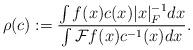
LaTeX: \begin{align*}\rho ( c ) := \frac { \int f ( x ) c (x ) | x|_F^{-1} dx } { \int \mathcal{F} f ( x ) c^{-1} ( x ) d x } . \end{align*}